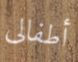
أطفالى